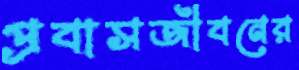
প্রবাসজীবনের